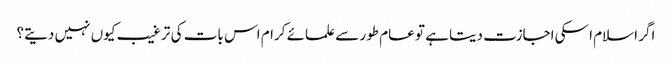
اگر اسلام اسکی اجازت دیتا ہے تو عام طور سے علمائے کرام اس بات کی ترغیب کیوں نہیں دیتے؟